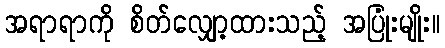
အရာရာကို စိတ်လျှော့ထားသည့် အပြုံးမျိုး။